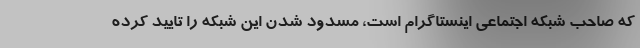
که صاحب شبکه اجتماعی اینستاگرام است، مسدود شدن این شبکه را تایید کرده